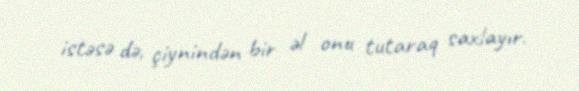
istəsə də, çiynindən bir əl onu tutaraq saxlayır.